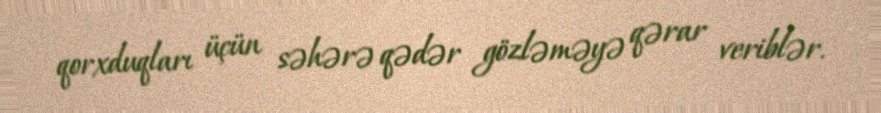
qorxduqları üçün səhərə qədər gözləməyə qərar veriblər.